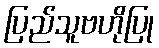
ပြည်သူဗဟိုပြု